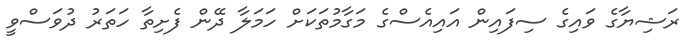
ރަޝިޔާގެ ވައިގެ ސިފައިން އައިއެސްގެ މަގާމުތަކަށް ހަމަލާ ދޭން ފެށިތާ ހަތަރު ދުވަސްވީ